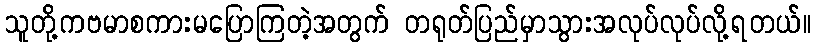
သူတို့ကဗမာစကားမပြောကြတဲ့အတွက် တရုတ်ပြည်မှာသွားအလုပ်လုပ်လို့ရတယ်။